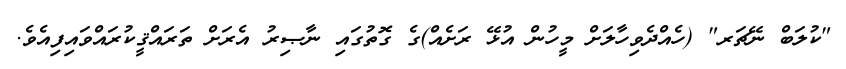
"ކުލަބް ނޭޗަރ" (ހެއްދެވިހާލަށް މީހުން އުޅޭ ރަށެއް)ގެ ގޮތުގައި ނާޞިރު އެރަށް ތަރައްޤީކުރައްވައިފިއެވެ.